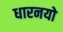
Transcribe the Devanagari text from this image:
धारनयो